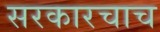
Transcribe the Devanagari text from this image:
सरकारचाच